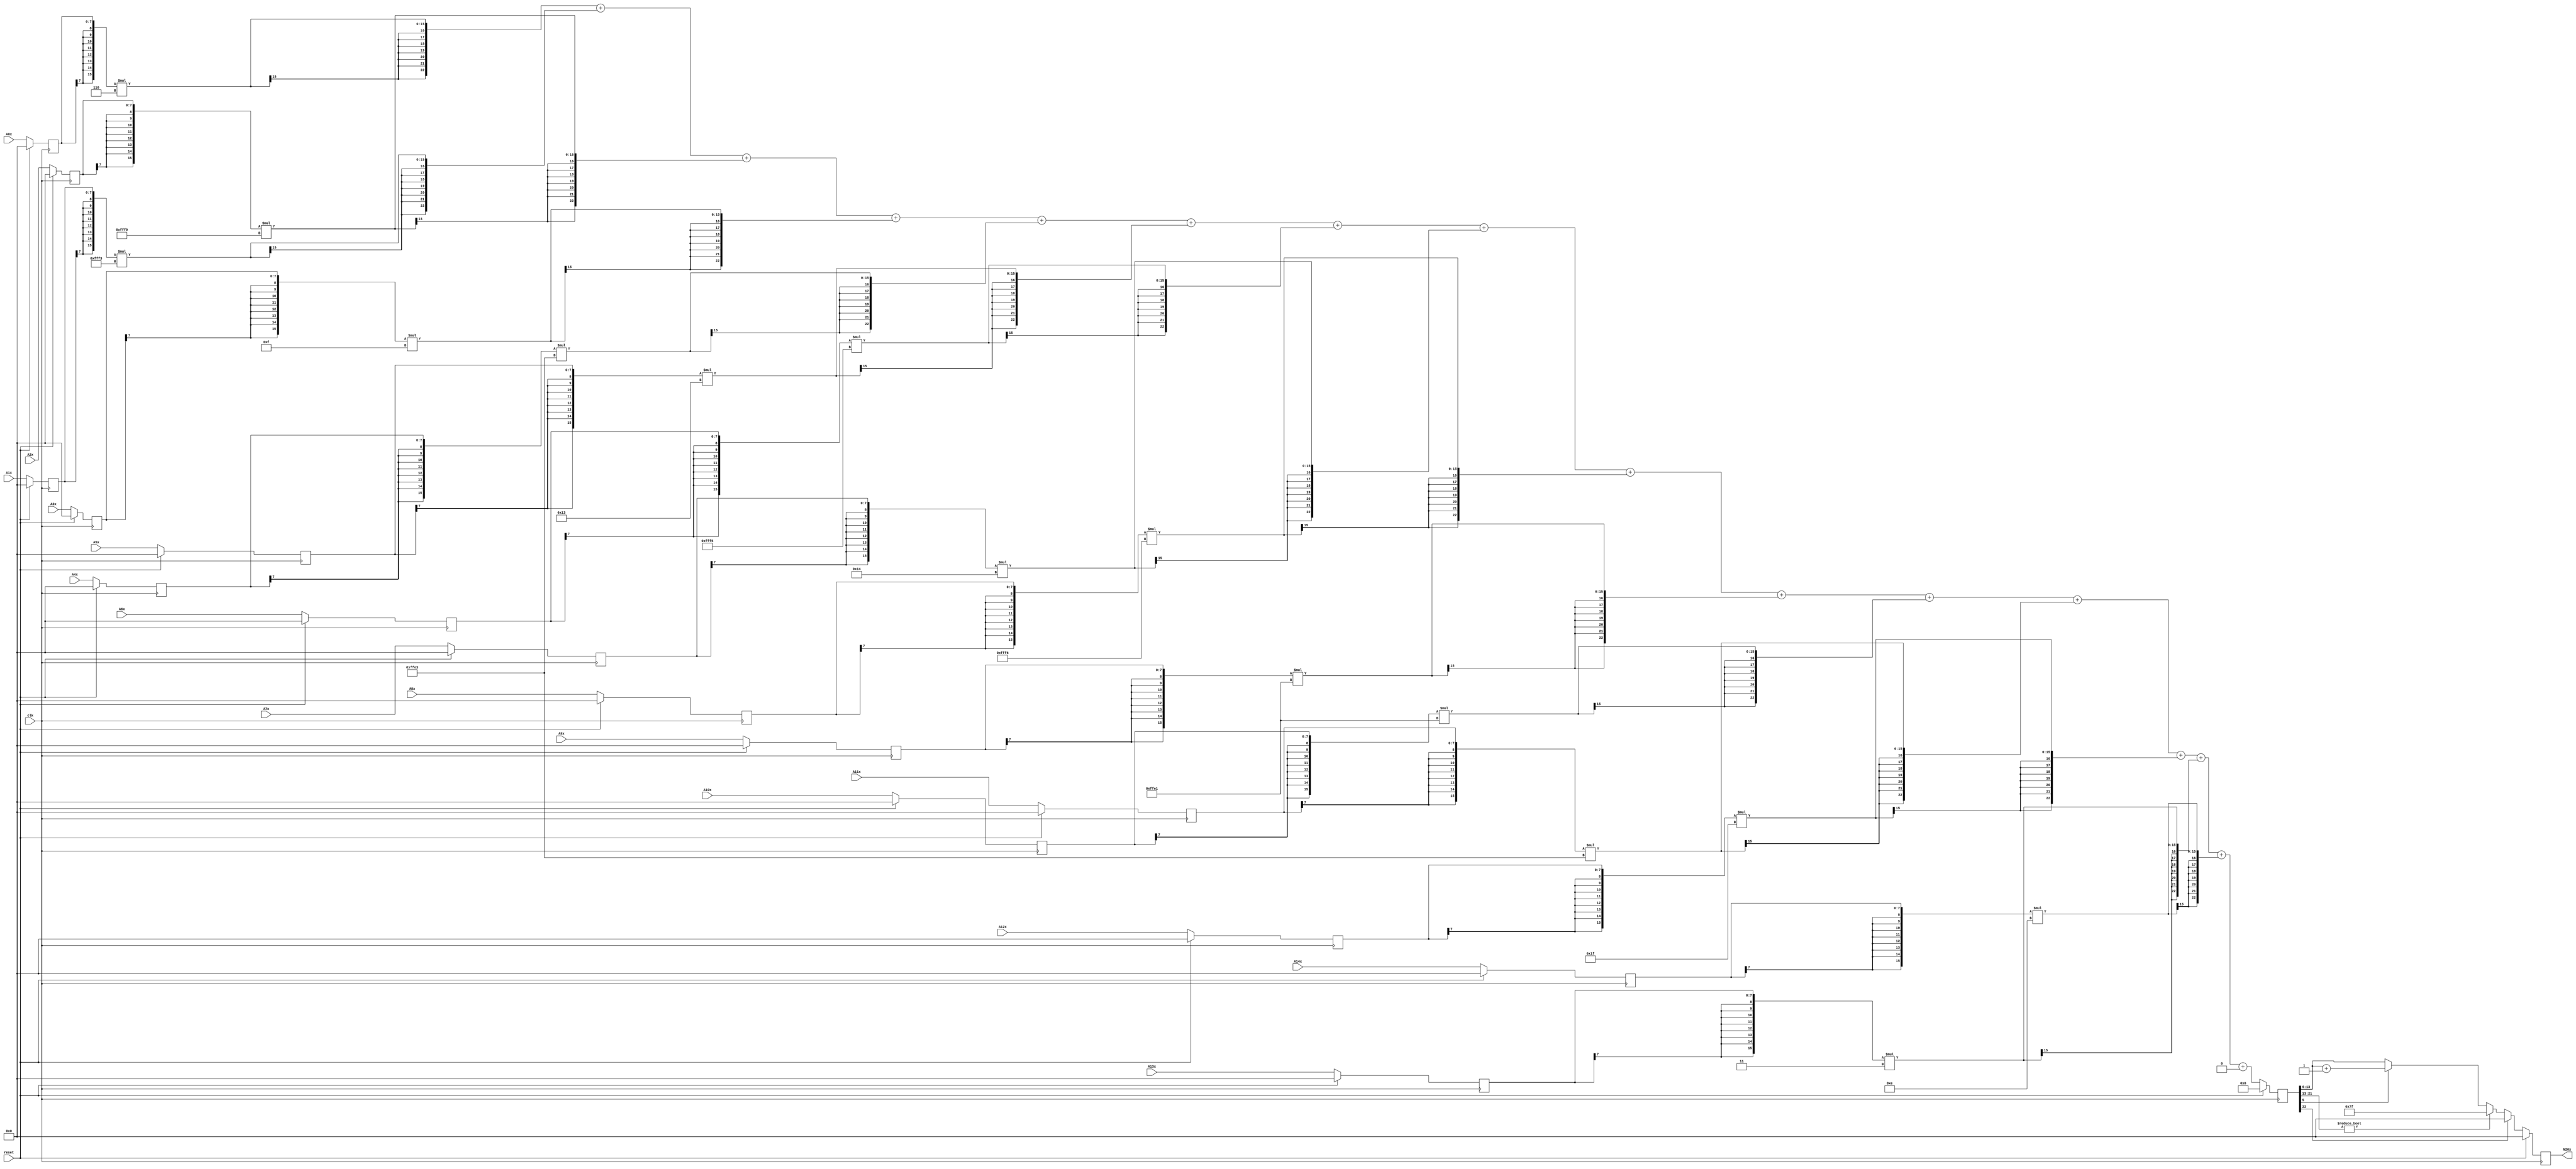
module node_4_20(clk,reset,N20x,A0x,A1x,A2x,A3x,A4x,A5x,A6x,A7x,A8x,A9x,A10x,A11x,A12x,A13x,A14x);
	input clk;
	input reset;
	input [7:0] A0x, A1x, A2x, A3x, A4x, A5x, A6x, A7x, A8x, A9x, A10x, A11x, A12x, A13x, A14x;
	reg [7:0] A0x_c, A1x_c, A2x_c, A3x_c, A4x_c, A5x_c, A6x_c, A7x_c, A8x_c, A9x_c, A10x_c, A11x_c, A12x_c, A13x_c, A14x_c;
	wire [15:0] sum0x, sum1x, sum2x, sum3x, sum4x, sum5x, sum6x, sum7x, sum8x, sum9x, sum10x, sum11x, sum12x, sum13x, sum14x;
	output reg [7:0] N20x;
	reg [22:0] sumout;

	parameter [7:0] W0x=8'd6;
	parameter [7:0] W1x=-8'd13;
	parameter [7:0] W2x=-8'd7;
	parameter [7:0] W3x=8'd15;
	parameter [7:0] W4x=-8'd29;
	parameter [7:0] W5x=8'd19;
	parameter [7:0] W6x=-8'd11;
	parameter [7:0] W7x=8'd20;
	parameter [7:0] W8x=-8'd10;
	parameter [7:0] W9x=-8'd31;
	parameter [7:0] W10x=-8'd31;
	parameter [7:0] W11x=-8'd29;
	parameter [7:0] W12x=8'd31;
	parameter [7:0] W13x=8'd3;
	parameter [7:0] W14x=8'd14;
	parameter [15:0] B0x=16'd0;


	assign sum0x = {A0x_c[7],A0x_c[7],A0x_c[7],A0x_c[7],A0x_c[7],A0x_c[7],A0x_c[7],A0x_c[7],A0x_c}*{W0x[7],W0x[7],W0x[7],W0x[7],W0x[7],W0x[7],W0x[7],W0x[7],W0x};
	assign sum1x = {A1x_c[7],A1x_c[7],A1x_c[7],A1x_c[7],A1x_c[7],A1x_c[7],A1x_c[7],A1x_c[7],A1x_c}*{W1x[7],W1x[7],W1x[7],W1x[7],W1x[7],W1x[7],W1x[7],W1x[7],W1x};
	assign sum2x = {A2x_c[7],A2x_c[7],A2x_c[7],A2x_c[7],A2x_c[7],A2x_c[7],A2x_c[7],A2x_c[7],A2x_c}*{W2x[7],W2x[7],W2x[7],W2x[7],W2x[7],W2x[7],W2x[7],W2x[7],W2x};
	assign sum3x = {A3x_c[7],A3x_c[7],A3x_c[7],A3x_c[7],A3x_c[7],A3x_c[7],A3x_c[7],A3x_c[7],A3x_c}*{W3x[7],W3x[7],W3x[7],W3x[7],W3x[7],W3x[7],W3x[7],W3x[7],W3x};
	assign sum4x = {A4x_c[7],A4x_c[7],A4x_c[7],A4x_c[7],A4x_c[7],A4x_c[7],A4x_c[7],A4x_c[7],A4x_c}*{W4x[7],W4x[7],W4x[7],W4x[7],W4x[7],W4x[7],W4x[7],W4x[7],W4x};
	assign sum5x = {A5x_c[7],A5x_c[7],A5x_c[7],A5x_c[7],A5x_c[7],A5x_c[7],A5x_c[7],A5x_c[7],A5x_c}*{W5x[7],W5x[7],W5x[7],W5x[7],W5x[7],W5x[7],W5x[7],W5x[7],W5x};
	assign sum6x = {A6x_c[7],A6x_c[7],A6x_c[7],A6x_c[7],A6x_c[7],A6x_c[7],A6x_c[7],A6x_c[7],A6x_c}*{W6x[7],W6x[7],W6x[7],W6x[7],W6x[7],W6x[7],W6x[7],W6x[7],W6x};
	assign sum7x = {A7x_c[7],A7x_c[7],A7x_c[7],A7x_c[7],A7x_c[7],A7x_c[7],A7x_c[7],A7x_c[7],A7x_c}*{W7x[7],W7x[7],W7x[7],W7x[7],W7x[7],W7x[7],W7x[7],W7x[7],W7x};
	assign sum8x = {A8x_c[7],A8x_c[7],A8x_c[7],A8x_c[7],A8x_c[7],A8x_c[7],A8x_c[7],A8x_c[7],A8x_c}*{W8x[7],W8x[7],W8x[7],W8x[7],W8x[7],W8x[7],W8x[7],W8x[7],W8x};
	assign sum9x = {A9x_c[7],A9x_c[7],A9x_c[7],A9x_c[7],A9x_c[7],A9x_c[7],A9x_c[7],A9x_c[7],A9x_c}*{W9x[7],W9x[7],W9x[7],W9x[7],W9x[7],W9x[7],W9x[7],W9x[7],W9x};
	assign sum10x = {A10x_c[7],A10x_c[7],A10x_c[7],A10x_c[7],A10x_c[7],A10x_c[7],A10x_c[7],A10x_c[7],A10x_c}*{W10x[7],W10x[7],W10x[7],W10x[7],W10x[7],W10x[7],W10x[7],W10x[7],W10x};
	assign sum11x = {A11x_c[7],A11x_c[7],A11x_c[7],A11x_c[7],A11x_c[7],A11x_c[7],A11x_c[7],A11x_c[7],A11x_c}*{W11x[7],W11x[7],W11x[7],W11x[7],W11x[7],W11x[7],W11x[7],W11x[7],W11x};
	assign sum12x = {A12x_c[7],A12x_c[7],A12x_c[7],A12x_c[7],A12x_c[7],A12x_c[7],A12x_c[7],A12x_c[7],A12x_c}*{W12x[7],W12x[7],W12x[7],W12x[7],W12x[7],W12x[7],W12x[7],W12x[7],W12x};
	assign sum13x = {A13x_c[7],A13x_c[7],A13x_c[7],A13x_c[7],A13x_c[7],A13x_c[7],A13x_c[7],A13x_c[7],A13x_c}*{W13x[7],W13x[7],W13x[7],W13x[7],W13x[7],W13x[7],W13x[7],W13x[7],W13x};
	assign sum14x = {A14x_c[7],A14x_c[7],A14x_c[7],A14x_c[7],A14x_c[7],A14x_c[7],A14x_c[7],A14x_c[7],A14x_c}*{W14x[7],W14x[7],W14x[7],W14x[7],W14x[7],W14x[7],W14x[7],W14x[7],W14x};

	always@(posedge clk) begin

		if(reset)
			begin
			N20x<=8'd0;
			sumout<=16'd0;
			A0x_c <= 8'd0;
			A1x_c <= 8'd0;
			A2x_c <= 8'd0;
			A3x_c <= 8'd0;
			A4x_c <= 8'd0;
			A5x_c <= 8'd0;
			A6x_c <= 8'd0;
			A7x_c <= 8'd0;
			A8x_c <= 8'd0;
			A9x_c <= 8'd0;
			A10x_c <= 8'd0;
			A11x_c <= 8'd0;
			A12x_c <= 8'd0;
			A13x_c <= 8'd0;
			A14x_c <= 8'd0;
			end
		else
			begin
			A0x_c <= A0x;
			A1x_c <= A1x;
			A2x_c <= A2x;
			A3x_c <= A3x;
			A4x_c <= A4x;
			A5x_c <= A5x;
			A6x_c <= A6x;
			A7x_c <= A7x;
			A8x_c <= A8x;
			A9x_c <= A9x;
			A10x_c <= A10x;
			A11x_c <= A11x;
			A12x_c <= A12x;
			A13x_c <= A13x;
			A14x_c <= A14x;
			sumout<={sum0x[15],sum0x[15],sum0x[15],sum0x[15],sum0x[15],sum0x[15],sum0x[15],sum0x}+{sum1x[15],sum1x[15],sum1x[15],sum1x[15],sum1x[15],sum1x[15],sum1x[15],sum1x}+{sum2x[15],sum2x[15],sum2x[15],sum2x[15],sum2x[15],sum2x[15],sum2x[15],sum2x}+{sum3x[15],sum3x[15],sum3x[15],sum3x[15],sum3x[15],sum3x[15],sum3x[15],sum3x}+{sum4x[15],sum4x[15],sum4x[15],sum4x[15],sum4x[15],sum4x[15],sum4x[15],sum4x}+{sum5x[15],sum5x[15],sum5x[15],sum5x[15],sum5x[15],sum5x[15],sum5x[15],sum5x}+{sum6x[15],sum6x[15],sum6x[15],sum6x[15],sum6x[15],sum6x[15],sum6x[15],sum6x}+{sum7x[15],sum7x[15],sum7x[15],sum7x[15],sum7x[15],sum7x[15],sum7x[15],sum7x}+{sum8x[15],sum8x[15],sum8x[15],sum8x[15],sum8x[15],sum8x[15],sum8x[15],sum8x}+{sum9x[15],sum9x[15],sum9x[15],sum9x[15],sum9x[15],sum9x[15],sum9x[15],sum9x}+{sum10x[15],sum10x[15],sum10x[15],sum10x[15],sum10x[15],sum10x[15],sum10x[15],sum10x}+{sum11x[15],sum11x[15],sum11x[15],sum11x[15],sum11x[15],sum11x[15],sum11x[15],sum11x}+{sum12x[15],sum12x[15],sum12x[15],sum12x[15],sum12x[15],sum12x[15],sum12x[15],sum12x}+{sum13x[15],sum13x[15],sum13x[15],sum13x[15],sum13x[15],sum13x[15],sum13x[15],sum13x}+{sum14x[15],sum14x[15],sum14x[15],sum14x[15],sum14x[15],sum14x[15],sum14x[15],sum14x}+{B0x[15],B0x[15],B0x[15],B0x[15],B0x[15],B0x[15],B0x[15],B0x};

			if(sumout[22]==0)
				begin
				if(sumout[21:13]!=9'b0)
					N20x<=8'd127;
				else
					begin
					if(sumout[5]==1)
						N20x<=sumout[13:6]+8'd1;
					else
						N20x<=sumout[13:6];
					end
				end
			else
				N20x<=8'd0;
			end
		end
endmodule